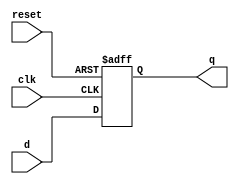
module D_FF(q, d, clk, reset);

output q;
input d, clk, reset;

reg q;

always @ (negedge clk or posedge reset)  // negative edge   
begin 
    if (reset) // rest 1 q 0 .
        q <= 1'b0;
    else 
        q <= d;
end

endmodule